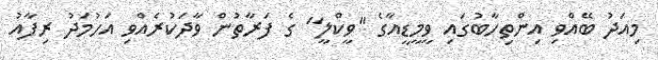
މިއަދު ބޭއްވި އިންތިހާބުގައި ވީމީޑީއާގެ "ވީކްލީ" ގެ ފަރާތުން ވާދަކުރެއްވި އަހުމަދު ރިފާއު